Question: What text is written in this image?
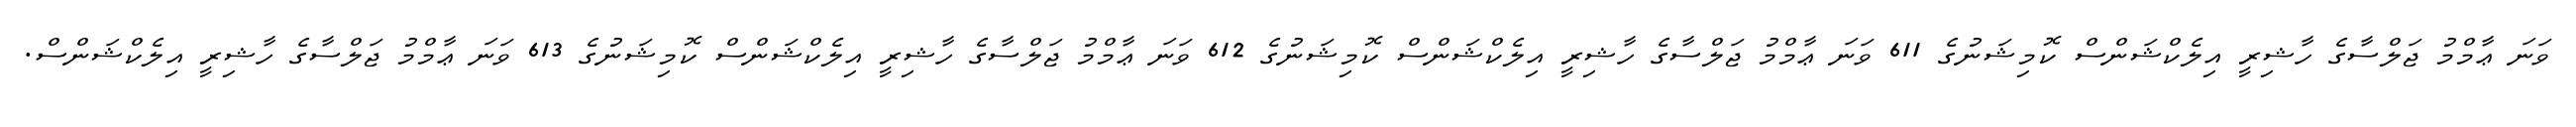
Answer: ވަނަ ޢާމްމު ޖަލްސާގެ ހާޝިރީ އިލެކްޝަންސް ކޮމިޝަނުގެ 611 ވަނަ ޢާމްމު ޖަލްސާގެ ހާޝިރީ އިލެކްޝަންސް ކޮމިޝަނުގެ 612 ވަނަ ޢާމްމު ޖަލްސާގެ ހާޝިރީ އިލެކްޝަންސް ކޮމިޝަނުގެ 613 ވަނަ ޢާމްމު ޖަލްސާގެ ހާޝިރީ އިލެކްޝަންސް.